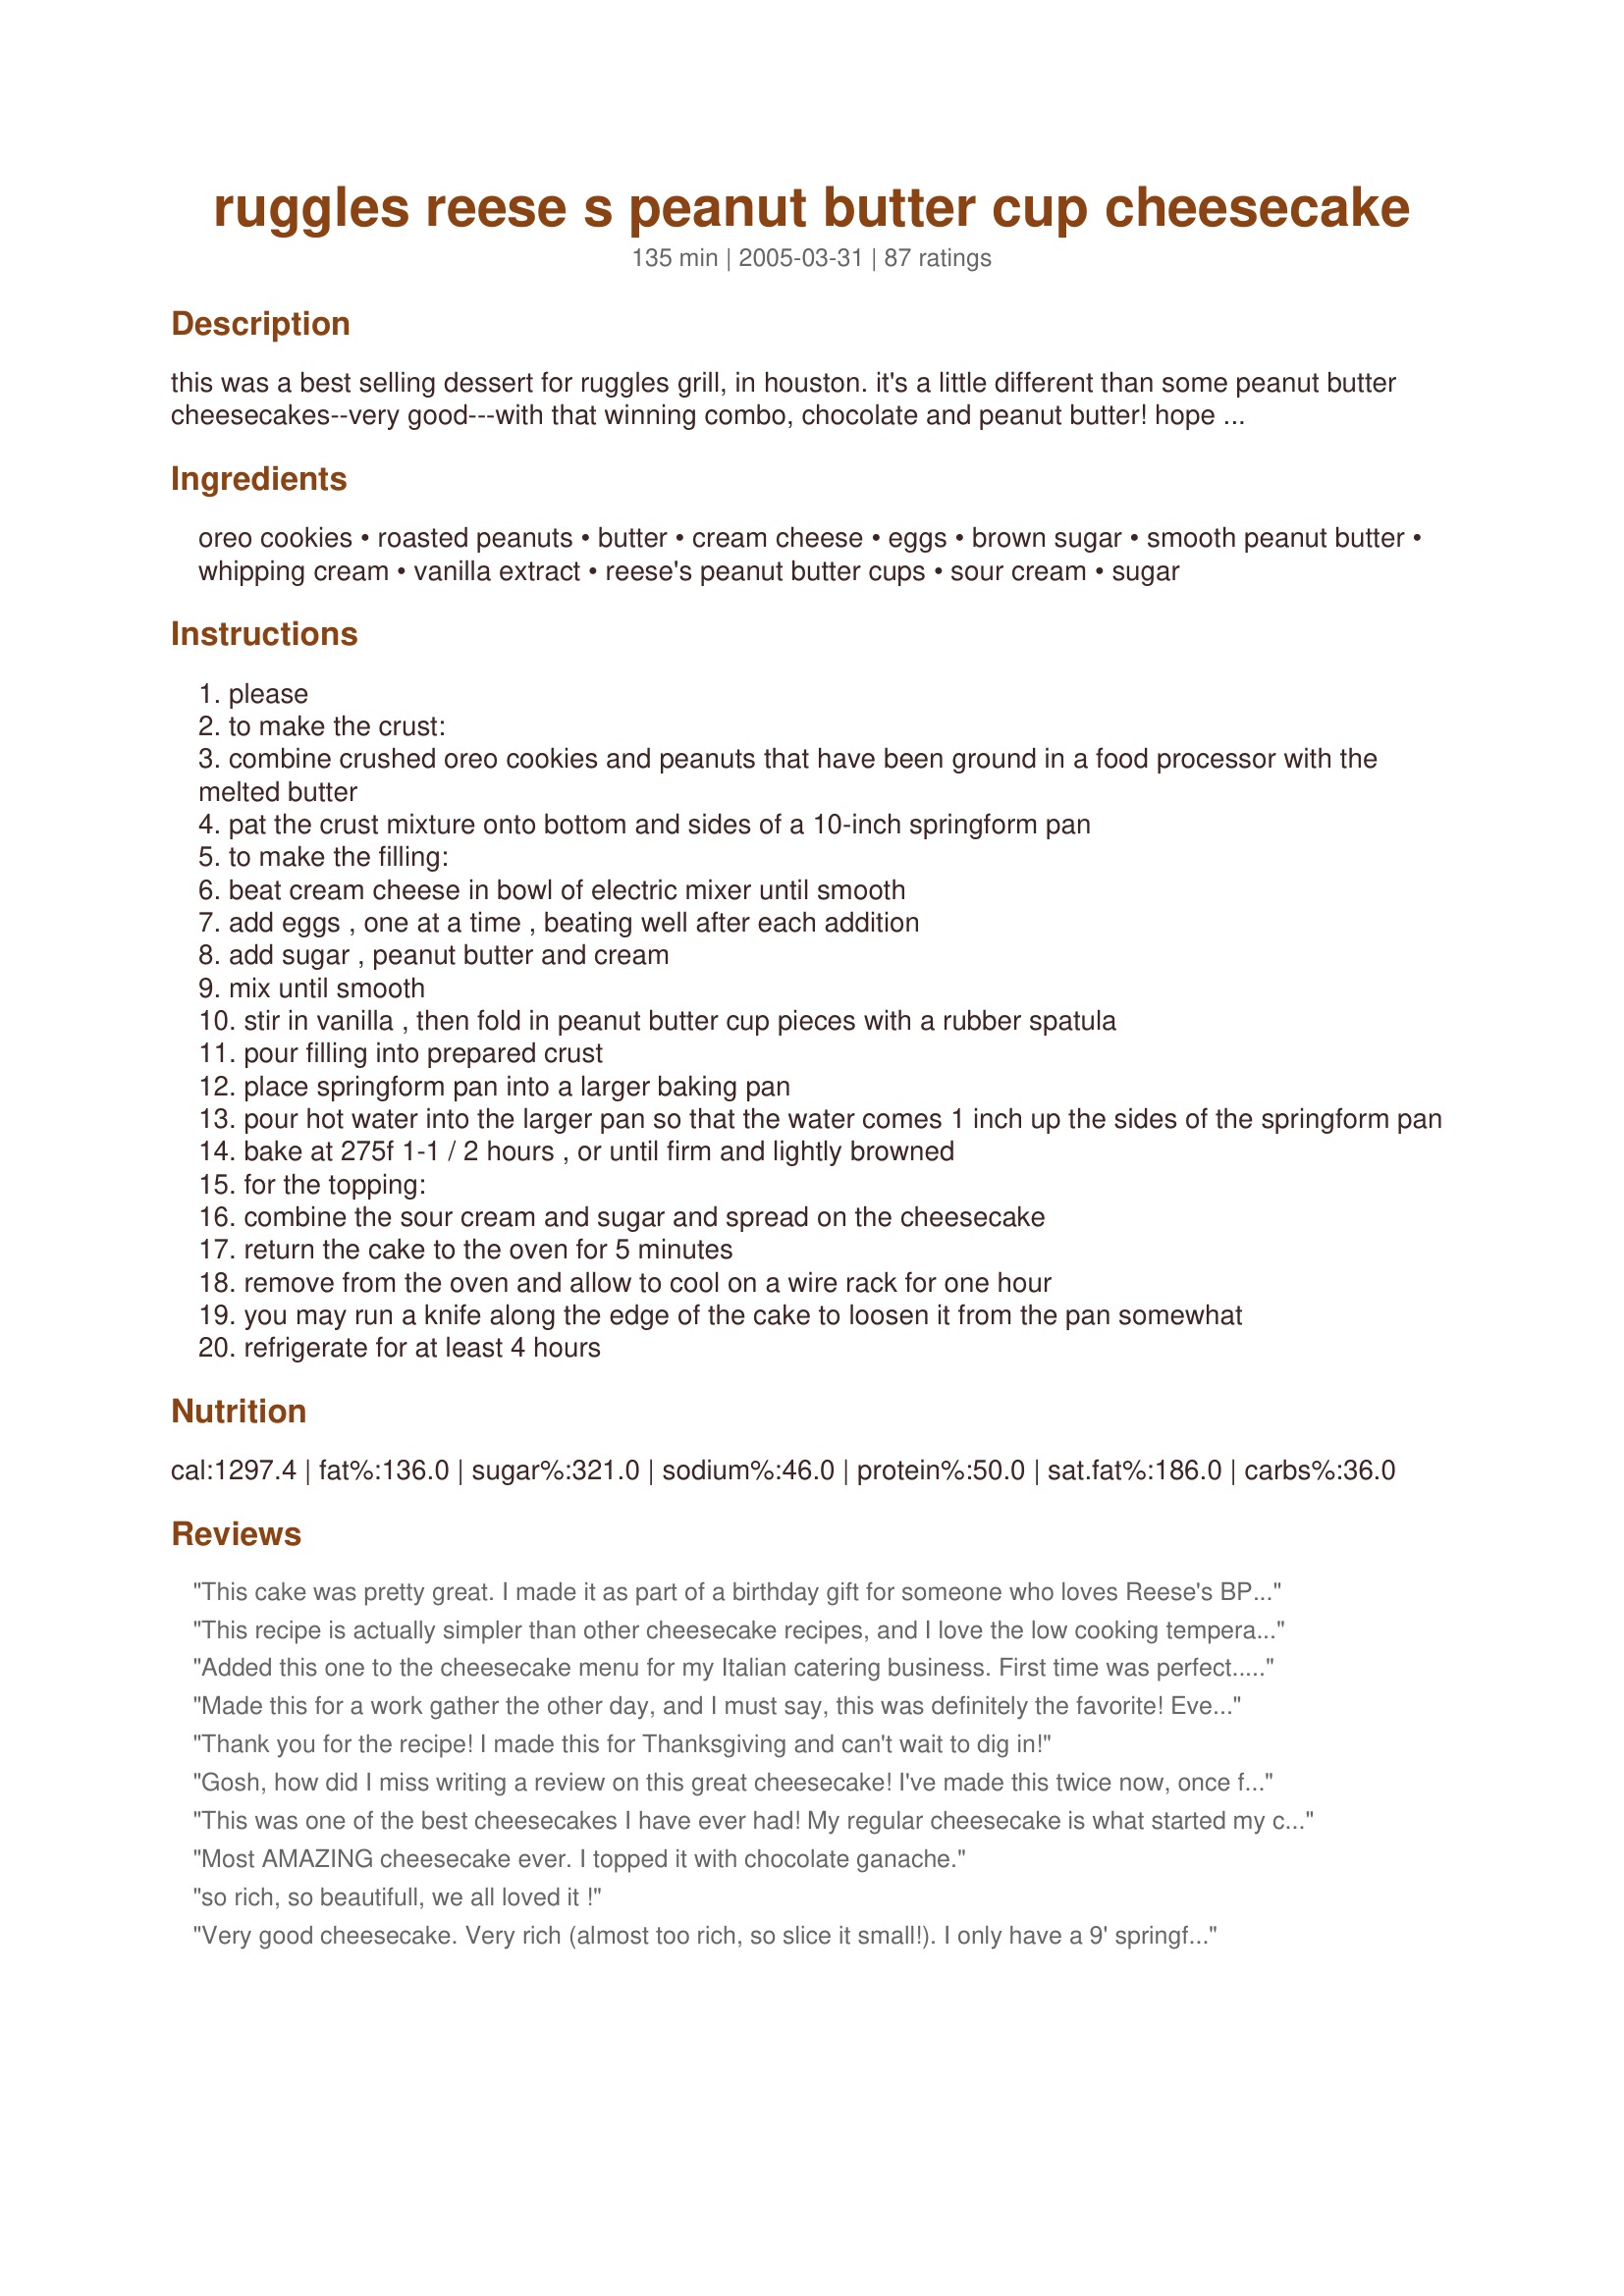
ruggles reese s peanut butter cup cheesecake
Preparation time: 135 minutes

this was a best selling dessert for ruggles grill, in houston. it's a little different than some peanut butter cheesecakes--very good---with that winning combo, chocolate and peanut butter! hope you enjoy.

Ingredients:
oreo cookies, roasted peanuts, butter, cream cheese, eggs, brown sugar, smooth peanut butter, whipping cream, vanilla extract, reese's peanut butter cups, sour cream, sugar

Steps:
please
to make the crust:
combine crushed oreo cookies and peanuts that have been ground in a food processor with the melted butter
pat the crust mixture onto bottom and sides of a 10-inch springform pan
to make the filling:
beat cream cheese in bowl of electric mixer until smooth
add eggs , one at a time , beating well after each addition
add sugar , peanut butter and cream
mix until smooth
stir in vanilla , then fold in peanut butter cup pieces with a rubber spatula
pour filling into prepared crust
place springform pan into a larger baking pan
pour hot water into the larger pan so that the water comes 1 inch up the sides of the springform pan
bake at 275f 1-1 / 2 hours , or until firm and lightly browned
for the topping:
combine the sour cream and sugar and spread on the cheesecake
return the cake to the oven for 5 minutes
remove from the oven and allow to cool on a wire rack for one hour
you may run a knife along the edge of the cake to loosen it from the pan somewhat
refrigerate for at least 4 hours

Reviews:
This cake was pretty great. I made it as part of a birthday gift for someone who loves Reese's BP cups and it went over very well. It is super rich. I very carefully read the reviews and especially appreciated Ismy Echo's very detailed prep. instructions as I had never made a cheese cake before. It turned out perfectly except my cook time was quite different. After the recommended hour and a half in the oven at 275, my cake wasn't even close to done so I left it in for another 1/2 hour, checked it again and then turned my oven up to 285* and cooked for another 2 hours. I only opened the over door 3 times in that 4 hour time period so maybe I chose the wrong pan (too thick) for the water bath pan.? Not sure, but next time I may try the cook times for different cheese cakes (I saw some that start off at 500* for a few minutes then down to 300* for an hour or so).
This recipe is actually simpler than other cheesecake recipes, and I love the low cooking temperature -- meant no cracks in my cheesecake. The cheesecake was a hit and I think I&#039;ve found my new go-to cooking time/temp and may even use this icing on other cheesecakes! This is much better than Cats, I will make this one again and again!
Added this one to the cheesecake menu for my Italian catering business. First time was perfect...this thing will come out looking like something you&#039;d find in a fine restaurant! I used only 4 cups of cookie crumbs, and it was MORE than enough to cover the bottom and sides of a 10-inch springform. Ended up baking it for around 1 hour and 45 minutes before it was truly done. Skipped the sour cream topping...I just didn&#039;t think it fit the theme for this one, even though I&#039;m sure it&#039;s very good. Went with a fudge ganache instead, and sprinkled some finely-chopped peanuts around the rim. Finished it with some chopped Reese&#039;s Peanut Butter Cups in the middle. AMAZING-looking cheesecake! Thanks for this!
Made this for a work gather the other day, and I must say, this was definitely the favorite! Everybody mentioned that it was a perfect flavor and it wasn't too dense or too fluffy. For taste (and because my co-workers won't let me rate differently) I give this 5 stars. For construction, I would give it about 4 since it was more intensive than I'm used to. And for quality, I think I'd give it 4 1/2...it looked great once it was decorated, but I wasn't too crazy about the pale color after I put on the topping. Next time, I may just omit that. But overall, a wonderfully fantastic recipe that will definitely be made again! (as if I have a choice...work has demanded it for another get-together in three weeks :P)
Thank you for the recipe! I made this for Thanksgiving and can't wait to dig in!
Gosh, how did I miss writing a review on this great cheesecake! I've made this twice now, once for DSS's 16th b-day in 2007 and once for a co-worker's b-day in 2008. In each case it was received with raves. I found this to be about average as far as ease of preparation and way above average in taste. I always wrap my springform pan with some foil and put a casserole of boiling water on the rack below. Both times I made this it baked perfectly, smelled looked and tasted great.
This was one of the best cheesecakes I have ever had! My regular cheesecake is what started my catering business, due to the demand, but wow, this blew my socks off! My teenage son said that it was better than my original cheesecake, and I never thought anything could be that good, but IT IS! WOW! The perfect match of PB and Chocolate for the perfect, show stopper PB cheesecake!
Most AMAZING cheesecake ever. I topped it with chocolate ganache.
so rich, so beautifull, we all loved it !
Very good cheesecake. Very rich (almost too rich, so slice it small!). I only have a 9' springform pan, so I had to discard some leftover batter, which broke my heart. Also, allow 8-9 hours for this cheesecake to fully cook and cool.<br/><br/>1. I made a Nutter Butter crust. I simply used one package of Nutter Butters and one stick (1/2 c) of butter. We don't care for a chocolate crust with cheesecake. Oh my goodness, this was HEAVEN!<br/>2. I blended my peanut butter, cream and sugar separately and added to the cream cheese/egg mix, so as not to over beat the eggs. This worked great.<br/>3, I cut my Reese's into ninths. I think I would leave a few bigger chunks next time, and maybe add a couple more Reese's cups. They sort of got lost in the mix.<br/>4. I cut out a circle of parchment paper for the inside of my pan for easy sliding off to a plate.<br/>5. I wrapped my cheesecake pan in 4 overlapping layers of aluminum foil for my water bath, but there was still some moisture inside the foil when I checked at the end of baking. I removed the foil and let the cheesecake finish baking in the oven, and it dried just fine. However, in the future, I will simply do a pan of water on the shelf underneath and cover cracks with cream/chocolate/Reese's if needed. I hate water baths. I can't get them right, but that's my fault.<br/>6. I had to bake significantly longer. I kept adding 10 minutes and another 10 minutes, so I think it was at least two hours. This may have been in part due to the extra moisture of the water bath leaking? <br/>7. When the sides were firmer, but center was still jiggly, I turned off my oven and left the door open for a while, then on the stove to get closer to room temp. This needed to cool in the fridge for 4-5 hours, in addition to the 1-2 hours of oven/stove top cooling time. <br/>8. I topped this with fudge sauce and chopped Reese's after reading other reviews.
This cheesecake is absolutely divine!! I typically go for less involved recipes but this was my daughter&#039;s choice for her birthday cake so I had to do it. I&#039;m glad I did! My notes: I used a 9&quot; spring form pan since that&#039;s what I have, and there was probably a cup of filling that wouldn&#039;t fit. I had to bake it for a little over 2 hours as it was not at all done at 1.5 hours. Maybe that was a result of my smaller pan? I let it cool in the (turned off) oven for about an hour before putting it in the fridge. Also, I used honey roasted peanuts in the crust like another reviewer suggested. Not only does this taste fantastic, it looks gorgeous and professional! Loved it!!
Very good. Very rich! A little goes a long way. It was a hit for my brother's birthday dessert. Thanks for sharing. It's going in my book.
This is one of the most decadent desserts I have ever made. We love cheesecake and DH's favorite candy bar is a reese's so the kids thought this was the perfect dessert for fathers day. They were right, DH LOVED THIS CHEESECAKE! It baked up beautifully, although I was a little nervous about how jiggly it was in the center before cooling. No worries, it set up wonderful. We will most definately make this again, I'm thinking when my brother and sister in law come to town. Thank you so much for sharing this awesome recipe with us.
This was my first attempt at making cheesecake and it turned out wonderful. My family loved it!
I followed the recipe exactly except I found peanut butter stuffed Oreos, so I used those instead. I also made-up the topping decorations using small peanut butter cups cut in fourths, a mix of chocolate chips/peanut butter chips (found a mixed bag at the store), and candy shell syrup drizzled on top. I put the syrup in a zip loc bag, turned it diagonally, and snipped a very small hole to allow for a thin dribble and zigzagged on top. I put a paper towel under the pan bottom to keep it from sliding when taking it in and out of the refrigerator. My boyfriend and his friends LOVED it. :)
I created a food.com profile just so I could review this recipe. That is how good this cheesecake is. It is amazing, decadent, delicious. Think of the most delicious food adjectives available, and the apply them at your will to this recipe. Sooooo good. I made the cheesecake exactly according to the recipe's ingedients, and it turned out perfectly. If I make it again, I will probably chop up fewer oreos because I found that after patting in the crust for my 10-inch cheesecake, I still had about 3/4 cup of leftover oreo crumbs. Also, like others, I had to bake the cheesecake for a longer period of time--closer to 2 hours--to make sure that it set correctly. After 2 hours, the middle was still a little jiggly and it looked perfect. I thought the topping listed looked so-so, so I decided against that. Instead, I spead some room-temperature store-bought hot fudge topping over the top, then topped that with about 8 chopped up reese's PB cups. I also sprinkled some chopped peanuts on the top. Then, to finish, I heated up some additional hot fudge in the microwave and drizzled it over the top and down the sides. Doing all this was an extra step, but I made this cheesecake for the holidays so it turned out looking really festive and beautiful. My husband thought he died and went to heaven. Just a quick note: Do NOT attempt to make this cheesecake in a 9-inch pan. You really need a 10-inch, or the 9-inch will overflow because there will be too much batter. Enjoy!
Turns out perfect every time I make spring form pan. I do have to cook about 35 minutes longer than the recipe calls for. LOVE IT
2 pounds of cream cheese???????????
this was a tasty little treat. for some reason, my topping never really set up. i followed the recipe exactly as written from start to finish, so i can't imagine what happened. i did mistakenly leave the oreo cookie filling in the cookie when i crushed them in the food processor, but my crust came out fine (just think....i missed out on licking all those centers). i'm making this again today and i think i'll back off on the peanut butter juuuuuuust a hair and use a different topping, but everyone that tried it told me it was the bomb. thanks, peggy lynn, for this great little treat!
Everything was great, but I had to cook at 325 for 1 1/2-2hrs until knife inserted in middle of cake came out clean. I used mini Reese's cut in half for the border and Reese's pieces for the middle.
I skipped the topping and just drizzled a fudge topping on top. It is really rich...perfect for a chocolate lover. I used 16 pb Everyone said how it was a gourmet cake and its richness hit the spot.
Excellent! I used a graham cracker crust instead. I had to bake it for an hour and 40 mins and then after putting the sour cream topping on I put it back in the oven for 7 mins. I used 12 Reese's cups in the cake and 3 crushed ones for the topping, which I added after the cake was done baking. The only change I'll make next time is that I'll use a caramel topping instead of the sour cream topping. The sour cream topping wasn't bad; I just didn't think it added much to the cake. Thanks for sharing this great recipe! It's horribly fattening but it's worth it :-)
Fabulous cheesecake - wow! Made this for my fiance's birthday cake, and it was a definite smash hit. Seriously rich, but it's cheesecake, so of course that's to be expected! I mostly followed the recipe as written, other than tweaking a few small detail items to fit my own baking style & personal taste (i.e. I used chocolate grahams rather than Oreo cookies; used less chopped Reese's cups in the batter; used brown sugar instead of white in the sour cream topping; and I chose to make a chocolate ganache glaze which I added after the cake had been in the fridge overnight, then striped with a peanut butter ganache just because I'm persnickety & prefer a more 'clean' finish... ex pastry chef hang-up, I guess!). I baked the cheesecake in a bain marie at the temperature & time given in the recipe (simply foil-wrapped pan to prevent leakage - easy peasy!!). After baking, I removed cake pan from the water bath, removed foil, very gently went around the top of the cake (between cake & pan) with a thin offset spatula, then left on a cooling rack for a couple hours. Before bed I put the whole cake (pan & all) in a Tupperware cake container in the fridge and left it to set-up overnight. In the morning I did the ganache finishes & stuck back in the fridge til serving time in the evening. I always take my cheesecakes out of the fridge about 30 minutes prior to serving to give them a little time at room temp. I use a long serrated knife to cut cheesecakes, running under very hot water & wiping clean with a paper towel between each cut to keep the cake & slices clean for plating. Ta-da.... that's it!! Creamy & delish!! An absolute keeper! As a personal side note, I will probably make this again but omit the Reese's altogether... it was a little bit of over-the-top overkill for me, but that's just my personal taste. I don't think the cheesecake needed all that 'extra' stuff... it would easily stand on its own without the added candy chunks.
So rich! A little goes a long way! Made for Father's day dessert. Instead of the sour cream topping I opted for a chocolate ganache and decorated with mini peanut butter cups. We all loved it, will feed a very large crowd!
This was an awesome dessert. It came out so well. I would never have thought to add Reese's peanut butter cups to the batter. I did, however, make a few adjustments. First, I halfed the recipe and used a pie dish instead of a springform pan. From experience, I know you don't need a water bath for cheesecakes cooked at this temperature. It's very hard to overcook a cheesecake at 275F. Besides that, I did cut back on the sugar a bit. 3/4ths cup of sugar is too much. I used about a 1/3rd of a cup. With the small changes, everything turned out great.
I was looking for something decadent to enter in an office dessert contest - and I found this recipe. This was my first cheesecake effort. It took a while to prepare and it took 2 hours to bake - but it came our perfectly. I added a chocolate ganache to the topping, outlining the rim and swirling the center of the cake and then place halved mini Reese's cups around the border and sprinkled some additional ground honey roasted nuts over the top (picture included #36). It was a BIG hit and won the contest hands down! I only had a small taste - and it was every bit as rich and decadent as I hoped it would be!!!
I personally did not care for this cheese cake. The texture was way too thick and spread-like and the flavor is sickeningly sweet. You really can&#039;t even enjoy a whole piece because it is so rich. I made everything as read except I did not add the sour cream topping. The idea of a Reese&#039;s Peanut Butter cheesecake sounds intriguing but I would tone down and rework this recipe if I were to attempt it again.
i made this cheesecake twice in a week and had alot of praise on being the best cheesecake my friends had ever ate... to be honest, it was my first cheesecake ever! one tip... the peanut butter you use makes a world of difference! i used reeses peanut butter and found it to make the cheesecake alot richer! my friend made it a few weeks later and used a different peanut butter and said it was still good but he could tell there was a slightly different taste.
Loved it! It was very easy to make and verrrrry good. Rich though! So cut your slices thin. Is the nutritional information correct?? I was quite happy the reeses in the batter didn't all sink to the bottom. I used only four eggs instead of five and it was fine. I also didn't do the sour cream topping b/c I don't like sour cream. So for aesthetics, I dusted the top with confection sugar. And arranged reeses "mini's" cut in half. and arranged around the outer edge. They also created a nice even slice guide. I thought the oreo crust would have been a little too much for me so I've been substituting the golden oreos for my cheescakes of various flavors. I also like to add some crushed nuts, like almonds or walnuts to the crust. Definitely worth trying!
OMG this cheesecake is to die for! My boyfriend loves peanut butter and I made this cheesecake for him when he graduated from college! I made a few changes and used crushed pretzels for the crust, and left off the sour cream topping, instead topping the cheesecake with a melted chocolate drizzle. This recipe made one HUGE cheesecake and we ended up freezing most of the cheesecake and thawing slices nightly for almost 2 weeks! Fabulous recipe!
Amazing! Followed the recipe with no problems. I did surround my springform pan with foil at the bottom when I baked it in the water bath . I only used half of the cookie crust. 4 1/2 cups of crushed cookies was too much. I didn't use Oreos &amp; wish I had. Generic sandwich cookies don't have the flavor.
I made this for the "alternative" Thanksgiving dessert selection , for those craving something beyond the expected. To say it went over well is an understatement. One person that managed to put in a bid for a slice the Sunday following just sat there and sorta moaned while eating. Upon inquiry with our normally rather formal and gracious guest, she stated she was great and having a "cheesecake orgasm." Very difficult to reply to your guest when they say that, lol. A couple of points about preparing this, one, I used honey roasted peanuts in the crust. I found the peanut butter cups were best not cut too small but leaving some chunks worked well, about 1/8 of a full size cup or 1/4 of a mini. Adding the brown sugar is a bit of an issue though, as it tends to have small lumps or forms them when you blend it in. It is important you do not overmix the cheesecake batter, so as not to incorporate too much air, which could result in a nasty and unattractive crack in the cake. Next time I think I will blend the peanut butter, cream and brown sugar together seperately, and then add to the cheese mixture. Allow the batter to sit in it's mixing bowl for a few minutes and then sharply rap it against a counter to release some of those trapped air bubbles, which helps prevent cracking issues later. Once added to the pan, lightly shake and tap the pan to help release any last bubbles, but use care to not disturb the crust with rough handling. I am rather paranoid that water from the Bain Marie will seep into springform pans, so what I do is wrap the pan in several overlapping layers of aluminum foil and then place in a very heavy plastic bag, such as the heavy duty duty ones you get at some grocery stores, securing it to the side of the pan with a bit of handy duct tape. Don't worry, the bag will not burn nor melt at this baking temp, comes out good as new, scary thought, lol. When adding the hot water to the Bain Marie, try using very hot water that is nearly boiling, as this will help speed things along a bit, as I encountered a very prolonged cooking time with just hot tap water. Don't open the oven at all until it is truly getting close to the minimum baking time, as opening the oven provokes those dreaded cracks and slows down the baking as well. Allow for just a slight jiggle in the very center of the cake to let you know it's done with baking. Make at least a quantity and a half of the sour cream topping to make sure the top is smooth and evenly covered. Once the sour cream topping has set, DON'T REMOVE THE CHEESECAKE FROM THE OVEN. Turn off the oven and prop the oven door open slightly and leave it in there for at least an hour to allow it to very slowly cool down. Remove from oven and very gently loosen the crust from the side of the pan with a long and thin knife blade, using care not to disturb it too much. Doing this helps the crust to pull away from the pan as the cake contracts in cooling, putting less stress on the cheesecake, lessening the chance of a crack developing. Allow to cool thoroughly on a rack and then refrigerate, preferably wrapped in a kitchen towel to insulate it, so that it chills slowly. Feel free to make your cheesecake a couple of days ahead, it really does improve with a little age. When slicing your cheesecake, using a thin blade that you clean with a cool, wet towel in between EVERY slice, leaving a little moisture on the blade. This method gives you a cleaner slice of this almost heaven. I guilded the lily and plated this with homemade caramel and ganache sauces, along with some pb cup pieces and chopped honey roasted peanuts. All this sounds complicated, but in reality it takes very little actual active work, it's all pretty easy in the end and will convince people you are the Queen of Cheesecake. Btw, if you are just not able to go through the anti-crack steps, don't worry, heck with it, it will still taste awesome, even if a crack does develop. If this happens, just strategically cover any oops with pb cups, nuts and sauces, likely no one will notice and definitely won't care after they wrap their mouth around this lucious little number. Thank You Peggy for sharing :)
I left off the sour cream toppimg 
Gave recipe 5 stars.
very delicious! I was unsure of the cook time, a bit short, but otherwise it turned out great. I also migbt omit the sour cream topping because it was a bit runny (not sure if that is how it was supposed to be). Everyone enjoyed it, even people that don't normally like cheesecake!
This really is sinful.I expected it to be very sweet but it is just right.And not too peanut-y either.Everything about this cheesecake is perfect.I left it in the oven an extra 15 mintues after the 1 1/2 hours that the recipe stated.It wasn't quite set in the middle after 1 1/2 hours.Delicious!
I just made this cheesecake again on Jan 4 2010.It is the best I have ever had.This time I used a brownie base(#32204) and it is even more delicious!
FANTASTIC! I made this for a family get together last weekend and it was a huge hit! My oldest brother said it was his new favorite dessert! I didn't make the sour cream topping, but it definitely didn't need it! Wonderful, thanks!
My oldest daughter selected this cake for me to make for her 23rd birthday. When I saw a picture of the cake I must admit I was intimidated. I examined the recipe and was up for the challenge. I&#039;d never heard of it before and was, intrigued. So I put it together, after watching a chef make it on youtube just to get some tips. I&#039;m glad I checked out the video, his suggestion was to sprinkle the chopped peanutbutter cups half way through the pouring. I nervously waited for the next day to roll around for the cutting to serve to my Christmas Baby (one of 2). It sliced like a dream and tasted heavenly. I was not at all disappointed it the result. Who cares that 4 1/2 cups cookie crumbs is too much for the crust. The cake is OMG!!
I made this this morning and had enough left over to make a small sample sized cake to bring to work. Everyone raved over this recipe! Fairly simple to make and ultra creamy and "de-luscious." I did reduce the crust amount a tiny bit and used honey roasted p-nuts as one of the reviewer's recommended and it is perfect!
I made this recipe as something different. However, I never got a chance to taste it. From my experience it was a quick and fun cheesecake to make - it looked amazing. I just got an email from the people I made it for saying that they finished every last bit, and requesting it for a baby shower - so it must have been pretty good!
It has been in the oven for 2 hours and it's still not set. Besides that the batter taste really good can't wait to eat this.
I made this cheesecake with splenda brown sugar and sugar free reese peanut butter cups for my husband's birthday who is a diabetic. I didn't make the topping because I didn't feel it was necessary. I made a 8" cheesecake and used the left over crust and batter and filled a dozen cupcake for work. This was a hit all around.
Tee
This was so easy to make and leaving it in the oven after it was done (cracking the door with the mitt) worked like a charm. I had to bake it 40 min longer than I anticipated and I left the mixture sit then folded it lightly before pouring it in the pan. I sprinkled the top before baking with some of the Oreo mixture for looks and made a chocolate ganache instead of using the sour cream &amp; sugar coating. Over the top DECADENT !
I&#039;m fairly well known for my cheesecakes, so I was looking for a new peanut butter recipe. This one was simple, but does NOT have a cheesecake texture. It is much more loose, compared more to the texture of a pumpkin pie. I will not use it again, although the taste is pretty good. I am looking for a more classic cheesecake, dense texture. This is not it. Sorry guys!
This is the second time I have made this Cheesecake and both times it has come out perfectly. I'm in the U.K and this time instead of Oreo, I used Milk Chocolate Hobnobs which are oat based and salted caramel honey roasted peanuts. Amazing, many thanks for the recipe, my daughter loves Reese's as do I.
I caused a "traffic jam" at a work potluck meeting with this! I left the peanuts out of the crust because we have a few food allergies to deal with at work (I know they can all eat peanut butter, but I wasn't sure about the actual nuts). I still had peanut flavor in the crust, though, because I used peanut butter Double Stuf Oreos. I didn't do the fudge drizzle as in the photo, but I did chop a bunch of regular and white chocolate baby Reese's cups in half and mounded them on top of the finished cheesecake. Super-rich, but sooooo good (if you like peanut butter cups, of course). Thanks for posting!
Ahh this looked/smelled so amazing, I almost took a bite! (But the diet devil on my shoulder said NO.) DH enjoyed this, more than turtle cheesecake, which is quite the feat! So 5 stars from him. 5 from me for impressing him! I actually found Reeses Peanut Butter Cup Oreos for the crust. I did bake the crust a bit after patting it into the pan. Thanks Peggy, this is a winner.
i've also read on a similar recipe that for the topping, you can use 5 oz of semi-sweet chocolate and 1/4 c of sour cream melted in the microwave and stirred in 20 second intervals. Mm! can't wait to try this!
Congrats ! Your yummy cheesecake was on our homepage Saturday as "The recipe of the Day" (06/20/2011)
OH WOW. This was beyond amazing. I did not change anything. SOOOOO GOOD!
This cheesecake was VERY rich. I agree that the peanut butter flavor was a bit strong for me. If I make it again, I will pour have of the batter in the pan and then layer place the chopped up peanut butter cups over the batter before adding the rest of the batter. Folding them into the batter, they were not evenly distributed throughout the cheesecake. For the topping, I took 1/2 cup of chocolate chips and 1/2 cup of sour cream, melted together. I have never used a water bath to bake my cheesecakes. I baked this at 425* for 10 minutes and then reduced the oven to 225* for the remainder of the baking time (about 1 hr 45 minutes more), until the center was almost set. I used a 9" springform pan. It was a beautiful cheesecake and the texture was very smooth and creamy.
This recipe is sooooo yummy! I skipped the sour cream topping and added a drizzle of chocolate and chopped up Reese's on top instead. You can see my photo, it says Willbmd. It took me about 2 hours in my oven instead. I removed it from the oven and wrapped the pan in semi-cold wet towels and then covered the cake with another dry towel. Let it rest 1 hour - no cracks. This prevents the sudden temp change but also doesn't keep it cooking like other methods of leaving it in the oven.
This was my first ever cheesecake. I made it for work and got tons of compliments. Including an email from my boss saying that "it is the best cheesecake I've ever eaten." It was pretty easy to make compared to some of my other favorite recipes and I used some tips from other reviewers. To finish it off, I did add a chocolate ganache topping which really made it stand out. I couldn't have asked for a better result.
I've made this twice and both times, it is THE hit of the party and I now get requests for this... here were some notes that I gave my friends who wanted the recipe... <br/><br/>Notes from the cook: you have to use a 10-inch Springform pan (I actually used a 10 3/4). Most cheesecake recipes usu...ally call for a 9-inch. Also, I would use less Oreos for the crust next time and make sure it sits for 24 hours bc 4 was definitely not enough time. I used fat-free and reduced fat wherever possible and it was still AMAZING. Other than that, the only things I added were about 4 PB cups chopped on the top with drizzled chocolate for looks :-) Last but not least, it says 10 servings but I swear we got about 20 out of it!
This cheesecake turned out beautifully! I didn't have a deep enough pan to do a true water bath (the water only came up about 3/4" on the side), so I baked it until the internal temp was 160 degrees. It was gorgeous! No cracks or unsightly browning. We easily got 20 slices from this cheesecake. My husband said it was better than the peanut butter cheesecake he always gets at The Cheesecake Factory! I love how it looks like a restaurant cheesecake. Thanks for this delicious recipe!<br/>What I did: I read that it is best not to over beat the batter after the eggs are added, so I added the eggs last - just before stirring in the peanut butter cup pieces. Also, I opted for a hot fudge drizzle instead of the sour cream topping. Once cheesecake reached internal temp of 160 degrees, I removed it from the water bath and placed it on the stovetop burner to cool. I read to invert a plate over the top of the cheesecake to trap in moisture and slow down the cooling process as that is supposed to help prevent cracking. I let it cool for 4 hours at room temp, and then overnight in the fridge. I did loosen the crust from edge of pan before putting it in the fridge, and before removing the pan. I also put parchment paper (cut to fit pan) in the bottom to aid in removal from bottom of springform pan. Some wrote that they had too much oreo crumbs for the crust . . . I loved the large quantity of crust ingredients. It allowed me to extend the crumbs all of the way up the side of the pan. Beautiful!
All I can say is YUM! I left off the sour cream topping and made the crust gluten free by substituting some chocolate gluten free animal crackers that I had lying around. I&#039;m not a big fan of cheesecake in general, but this was delicious! I would advise others to watch that the center will be seriously jiggly even after cooking was done (I think I cooked mine an extra 45 minutes and it was still jiggly in the center). And the cheesecake will need to set preferably overnight before the center is solid when slicing. Divine! Thanks for posting this! I thought it could feed 10 people easily. We had fewer guests than that so we sliced up the rest and gave it to my husband&#039;s bosses (great for brown-nosing).
This is dessert at its BEST!!!! Five stars all the way!!! Other than the baking time (mine baked for 1 hr, 45 mins before adding sour cream mixture to the top), I followed the directions given. I made this for a dessert auction at church. I put each slice in a rectangular, deep styrofoam "to go" box and left the lids open. I garnished each slice with chocolate syrup as pictured and then put one quarter of a peanutbutter cup on top of each slice. The auctioneer sold them by the slice. EACH SLICE sold for $15 - $25!!!!!! In total, this cheesecake (12 servings) brought in $220!!! Unbelievable! Talk about a show-stopper! Thank you, Peggy Lynn!!!
I made this for a family gathering 2 weeks ago...This is also the first time I've made a Peanutbutter cheesecake before and it turned out great! i know the recipe calls for oreo crumbs but the store i went to didn't have the prepackaged oreo crumbs in stock nor did I have time to take apart a million oreos and crush them. So i used Chocolate graham crackers for the crust and no nuts and it worked out great! Although I was a little skeptical about baking it in water bath, like Peggy Lynn, I kept thinking water would seep in, but it didn't. I baked it an additional 20 minutes because the center was set. after baking it completely with the sour cream topping i placed it in the fridge still in the pan because i wanted the sour cream to set and not run over the sides. After about an hour I had a little graham cracker rumbs left so i sifted some on top and decorated it with the remainer of reese cups... I am a student on the move and this cheesecake definitely took more time than i thought! But it was well worth it, it was so great my family thought I bought it from the Cheesecake Factory!
Just licked the scraper and bowl so far and tastes awesome.
Beautiful, Delicious Cheesecake. It was easy to make, and everyone loved it. I have made it 4 times, and it gets better each time as I get a better feel for the recipe. I followed the notes from Ismy Echo except I used a crockpot liner to put around the spring form pan. Thank You for sharing this recipe.
The recipe says it is 10 servings. I defy anyone to be able to eat 1/10 of this cake. It is really wonderful and really rich. Definately need a cup of coffee or a glass of milk.<br/><br/>Like a number of others, I did bake it longer than instructed. Thanks for the great recipe!
Great recipe! I made this recipe for a customer requesting a peanut butter chocolate cheesecake. I had never made a pb chocolate one and found this and wanted to try it. I prepared three cheesecakes the night before (she only gave me 1 day notice). This one, one by Martha Stewart and one with my changes. This one came in a very close second and no one really like the MS one. &lt;br/&gt;&lt;br/&gt;I made this as written although I did take a few suggestions on the size of the PB cups. I covered it with a chocolate ganache and my customer had a hard time deciding between this one and the one I made changes to. For my changes, I used this as a basic recipe except I omitted the sour cream layer, used honey roasted peanuts, white sugar (1 cup) instead of brown, 4 eggs, and omitted the whipping cream. My customer said my cheesecake was smoother than this one and that was the winning factor. My boss took home this cheesecake and said it was a smashing success to her dinner party guests. The Martha Stewart one made it into the freezer.
I absolutely love this recipe. I've made it twice now and I am planning on making it again today for an event tomorrow. It is really delicious and very rich. If you don't like chocolate and you don't like peanut butter, stay away from this recipe. However, I love them both and this is just great.

Maybe I am using the wrong size spring form pan, but if you make the recipe as indicated, it won't all fit and when it bakes it will bubble over, so be careful.

Today, I am going to use this recipe and make two separate cheesecakes.

I didn't care for the sour cream topping. So, instead I do a chocolate drizzle.

The crust is wonderful. However, you should have some left over. I love crust don't get me wrong, it's one of the best parts of the cheesecake. But...too much and it just gets hard to eat.

Overall, great recipe. My absolute favorite!
I really wanted to like this recipe...I was drawn to it by the attractive photo and because I like cheesecake, peanut butter and chocolate. However after making this dessert I will reconsider having them all at the same time as I suffered from sensory overload. This was just too rich for my liking and the peanut butter flavour overshadowed everything else for me. I think it would have been better without the cup of peanut butter added to the cream cheese batter as the Reese's pieces were enough. I would have liked to have actually tasted the cheesecake itself. The Oreo crust was nice, but lost in all the peanut butter flavour! On a more positive note I must say that the technique descibed in this recipe together with with reviewer Ismy Echo's tips were great. I didn't have a dish large enough to create a proper bain marie but I covered the bottom of my springform pan with foil and placed a water filled container in the oven just below it. The result was a smooth, dense, cheesecake with minor cracking that was easily covered by the sour cream mixture, resulting in a very professional looking cake.
My husband gives this 5 stars! I am not a huge fan of peanut butter desserts, but he just loved this! Thanks to the poster!
Followed the recipe exactly as stated. Did not chop up the reese's pb cups, instead spead half the cheesecake mix then layed out 16 regular sized cups then topped with rest of cheesecake mix. Trick is to not lay any cups in center of cake as when you cut it, the middle will not stand high. I let sit in oven for one hour after baking time was over with oven turned off and it did not crack at all.
This cheesecake is amazing! I was nervous to do the whole "water bath" thing, so I had a cake pan w/ near-boiling water directly under the cheesecake- everything turned out perfect! I wasn't sure I was going to like the sour cream topping on this- but it was an excellent finish, then crumbled PB cups on top!! Everone loved this at our house-warming party- & I will definatley make again & again!! Thanks for the AMAZING recepie!! 5+ stars!!
YUMMMMMMY! This was delicious. It is soo rich, i could only handle a sliver. I think you could easily serve 20 people with this cheesecake. I cooked mine for about 20 minutes longer. I used a kitchenaid blender and noticed when i poured it into the crust it didn't quite mix all the cream cheese into the batter. i scraped the sides several times-next time i'll make sure to scrape right down to the very bottom. i also melted some chocolate and drizzled it in top of the cake with extra reese pieces on the top. it looked great. but what i found was that once the drizzled chocolate hardened, it was really hard to cut. once i started cutting the hard chocolate top sort of "mushed" down into the desert. it didn't look quite as good then; although, no one cared-it tasted sooo good. for the next time i'll either drizzle chocolate on each individual piece or sprinkle some extra crushed oreo cookies on the top along with a few reese pieces. A truly incredible recipe! With incredible results! Thanks for this recipe!
Awesome! Very creamy and delicious. Will definitely make this again.
This was actually the best cheesecake that I have made... how it turned out... how it tasted... everything! I used JIFF (THE BEST PEANUT BUTTER IN THE WORLD) and also used PB Oreos and Honey Roasted Peanuts for the crust. I served this for a dinner party with friends and every single piece went and IT IS RICH I WILL TELL YOU THAT IS FOOOOR SUUUUURE. Milk is great with it! :) the cooking time is pretty close- But I cooked it 15 min more- till the sides were a little pulled away- the top is poofed up a bit and golden brown. I put a 8 X 8 pan underneath on the rack below with boiling water in it- to 'steam' during cooking time... I have NEVER had a crack yet- This method is much much easier that all that water bath stuff- and it works for me! I also don't wrap mine in tin foil to catch the grease drips... i just put the springform on a cookie sheet. Easy Peazy... thank you SOOOOOO much for the contribution! I'll be making this one again...
This was good, but not as outstanding as I had originally hoped. I didn't like the taste of the sour cream topping with the peanut butter/chocolate, I think that if I were to make this again, I'd use whipped topping instead.
im rating this fair only bc i can see how this maybe delish to someone it just didnt do it for me..it was soooo pretty though thx anyhow!
I don't think I've received better reviews than when I made this rich and decadent cheesecake for a house warming party for a friend of mine. Easy to make - the only additions I added were some rum (to the cheesecake portion) and some vanilla to the topping. It was a hit! I'll definitely be making this again.
We all loved this so much we can't wait to have it again. Might make to bring to a cookout we are going to next weekend! This recipe is a great recipe for someone who likes peanut butter and chocolate, which just so happens to be 2 of my favorite things :) I was in sweety heaven eating this! Becky
It turned out fabulous! I baked it just like the recipe called for and no problems. It was for a coworker's birthday. Everyone really LOVED it. I read reviews and I did this with the: whipping cream , Brown sugar and peanut butter. I mixed these together and then put into the cream cheese/egg mixture(great idea)
Awesome... very rich ( in a good cheesecake way).
I was proposed to after making this> Really bang on for a peanut butter chocolate lover. I did make the mistake of figuring out the calories Yike lol
Best cheesecake ever! I made this for my fiance's birthday and he loved it, he also said it was just as good if not better the Cheesecake Factory cheesecake. I chose not to use the sour cream topping, but made homemade whipped cream and topped it with that. It turned out beautifully! I will definitely be making this again.
Oh my, Peggy Lynn, this is one of the best desserts I have had in my life. It is extraordinary! It didn't seem quite set enough after 1 1/2 hours, so I did bake it an extra 15 minutes or so. Otherwise, I followed the recipe exactly as stated. Thanks for sharing this outstanding recipe.
Awesome! Used a gluten free crust, Greek yogurt with brown sugar for topping. Took longer to bake as used a 9 inch pan instead of a 10 inch.
I followed the recipe exactly. It actually took 2 hours for a firm consistency. It was a huge hit, well worth the extra time.
Made this for my daughters 23rd birthday .it was exactly like I expected .i love baked cheesecakes .thought this looked so good .it was a big hit .,,would definitely make it again .i am going to go to Ruggles and see if there is a difference .it did take probably 2hours and 15 minutes as it is very deep.
4 - 8 oz.packages = 2lbs.
I read all the reviews. Read some of the hints. I started baking it at 300&deg; for an hour. Opened the oven and it looked like i had just pour the batter in... it was that goopy. Turned it up to 325 for 45 min. Still mostly goopy in the middle. Gave it another 25 min....not much difference. Put the timer on for 6 minutes and went to bed. Was seriously just fed up. Got up a couple hours later and it looked okay. A crack but it looked done. I set it in the fridge. Almost 24 hours later, I take it out and try it. Texture is poor. Taste is bland. It's probably the worst cheesecake I've ever made and I don't think baking it in any other way temp and time wise would save it.
Followed the recipe exactly. Great cheesecake! Topped it with chocolate gonache and chopped resses cups. Big hit!
I had never made a cheesecake before and I found this recipe to be very easy to follow. I made it for Easter Dinner and everone loved it!!! The only thing I did different was cook it an extra 15min or so.
Huge hit! Made first time for my son&#039;s 21st birthday -- daring, I know! So glad I did. Super rich, super yummy. Easy to make, will definitely make again. Thanks for sharing!
This was the first cheesecake I've ever made and it came out perfect! I made it for Thanksgiving dinner with the in-laws because I got tired of all the same old bland desserts everyone brings. I got nothing but compliments on this and my SIL even thought I'd bought it. It was beautiful. I used broken up Reese's cups all over the top, then drizzled a dark chocolate ganach all over it. Very nice. This is the best cheesecake I've ever had!
Buddha is a Chocoholic and a Reese's PB fan, so I had to make this for him. He said it was very rich, but he loved it.
